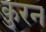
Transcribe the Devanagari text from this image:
क़ुरन